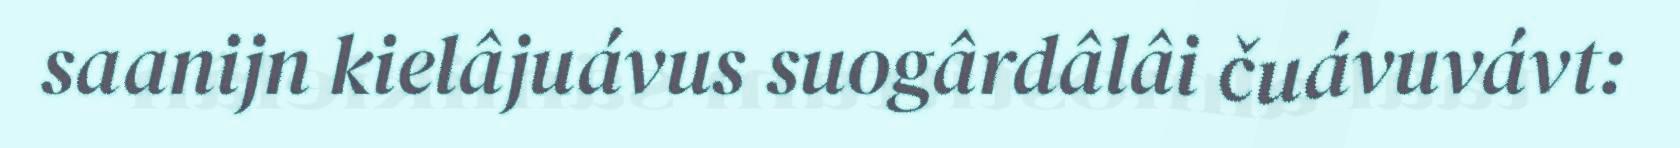
saanijn kielâjuávus suogârdâlâi čuávuvávt: